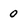
Character: 0